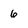
Character: 6